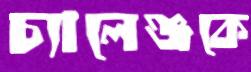
চ্যালেঞ্জকে